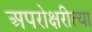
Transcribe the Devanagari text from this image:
अपरोक्षरीत्या